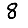
Digit: 8